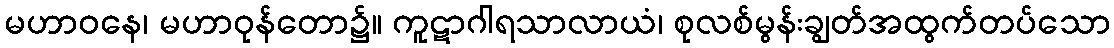
မဟာဝနေ၊ မဟာဝုန်တော၌။ ကူဋာဂါရသာလာယံ၊ စုလစ်မွန်းချွတ်အထွက်တပ်သော